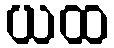
ယထ